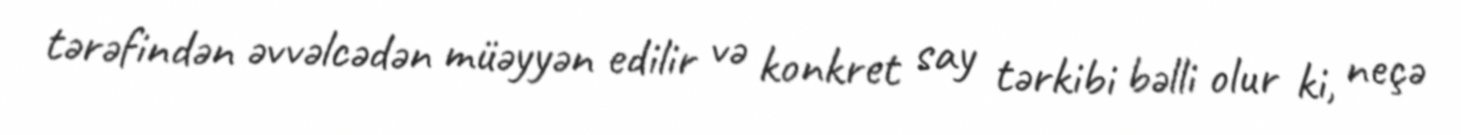
tərəfindən əvvəlcədən müəyyən edilir və konkret say tərkibi bəlli olur ki, neçə